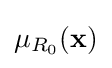
\mu _{R_{0}}(\mathbf {x} )